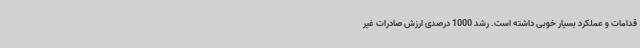
قدامات و عملکرد بسیار خوبی داشته است. رشد 1000 درصدی ارزش صادرات غیر